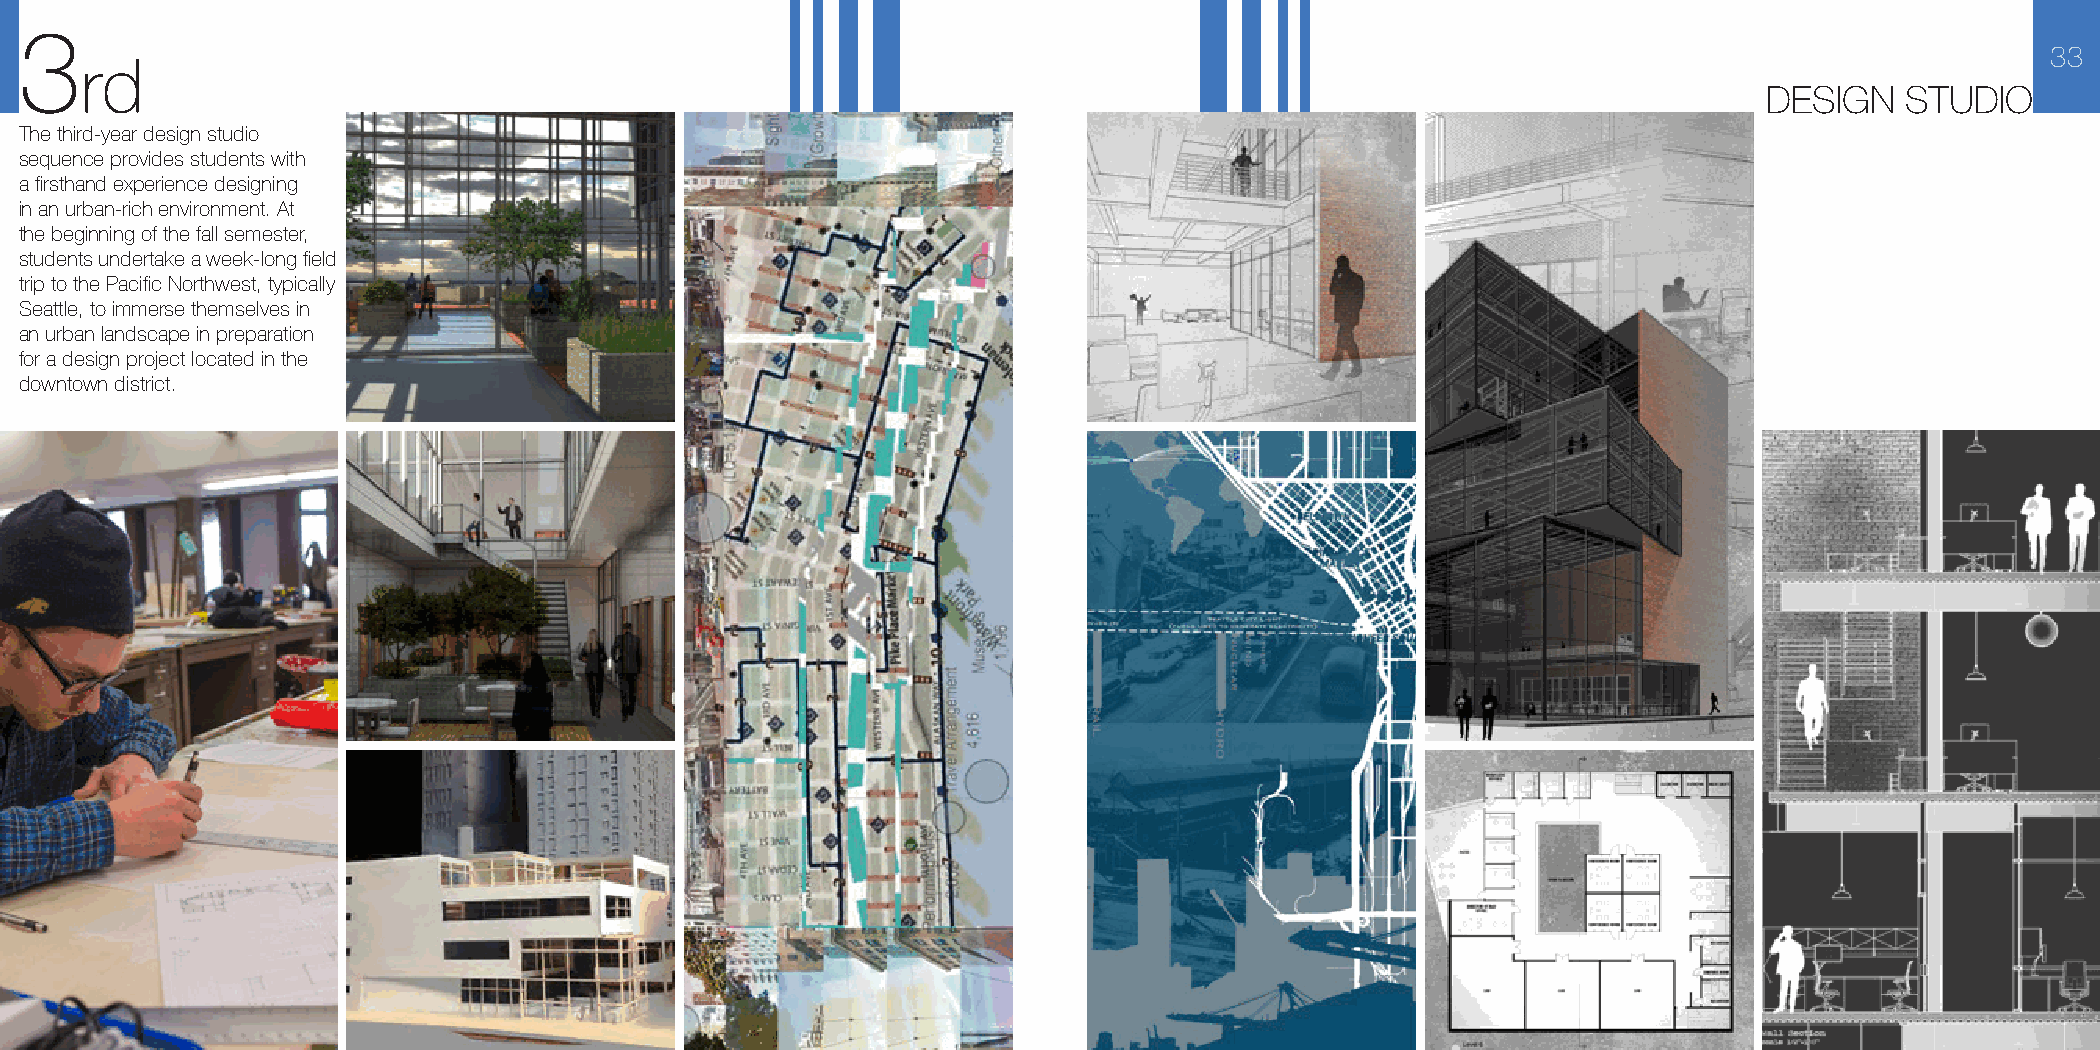
3
 33
 rd
 DESIGN   STUDIO
 The third-year design studio
 sequence provides students with
 a firsthand experience designing
 in an urban-rich environment. At
 the beginning of the fall semester,
 students undertake a week-long field
 trip to the Pacific Northwest, typically
 Seattle, to immerse themselves in
 an urban landscape in preparation
 for a design project located in the
 downtown district.